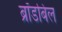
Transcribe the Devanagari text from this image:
ब्रॉडबिल